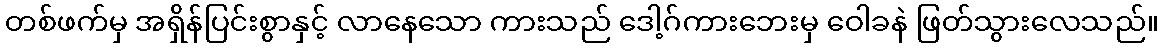
တစ်ဖက်မှ အရှိန်ပြင်းစွာနှင့် လာနေသော ကားသည် ဒေါ့ဂ်ကားဘေးမှ ဝေါခနဲ ဖြတ်သွားလေသည်။